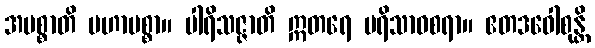
အမစ္စာတိ မဟာမစ္စာ။ ပါရိသဇ္ဇာတိ ဣတရေ ပရိသာဝစရာ။ ဧတဒဝေါစုန္တိ